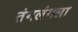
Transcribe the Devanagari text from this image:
तंगलंगला